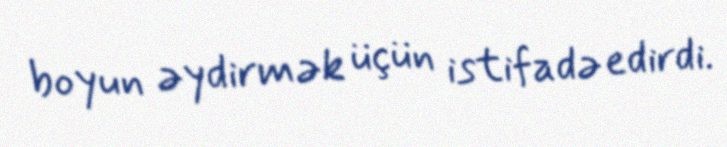
boyun əydirmək üçün istifadə edirdi.